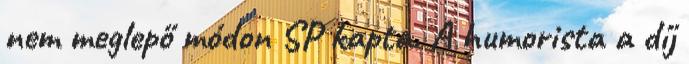
nem meglepő módon SP kapta. A humorista a díj